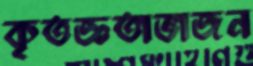
কৃতজ্ঞতাভাজন